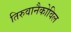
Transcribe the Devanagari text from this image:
तिरुवानैकोविल